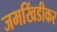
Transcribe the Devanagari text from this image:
जमखिंडीकर